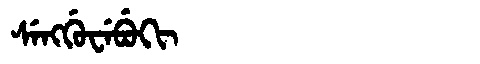
Manchu: ᠰᡝᠩᡤᡠᠸᡝᠪᡠᡴᡳ
Romanization: SENGGUWEBUKI